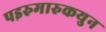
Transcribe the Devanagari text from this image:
पइरुमारुकयुन